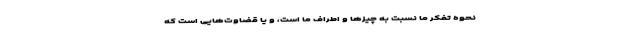
نحوهٔ تفکر ما نسبت به چیزها و اطراف ما است، و یا قضاوت‌هایی است که